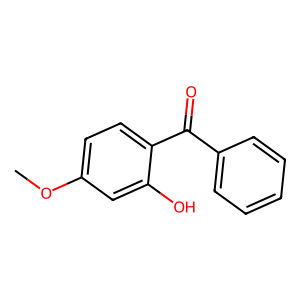
SMILES: COc1ccc(C(=O)c2ccccc2)c(O)c1
Inhibits HIV replication: No